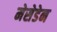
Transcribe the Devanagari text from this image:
मेसेडेन